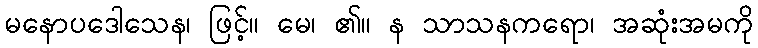
မနောပဒေါသေန၊ ဖြင့်။ မေ၊ ၏။ န သာသနကရော၊ အဆုံးအမကို